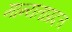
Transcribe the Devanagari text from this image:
मान्यताप्रदत्त